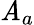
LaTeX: \mathit{A}_{a}